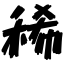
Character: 稀